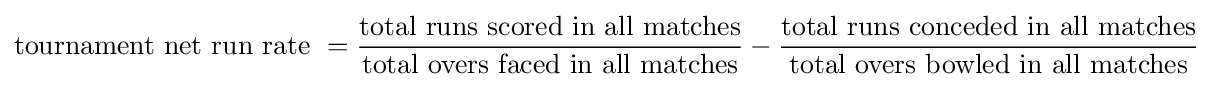
{\text{tournament net run rate }}={\frac {\text{total runs scored in all matches}}{\text{total overs faced in all matches}}}-{\frac {\text{total runs conceded in all matches}}{\text{total overs bowled in all matches}}}